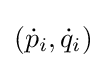
({\dot {p}}_{i},{\dot {q}}_{i})